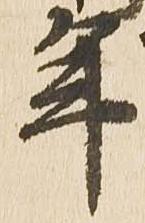
年